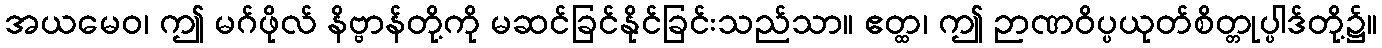
အယမေဝ၊ ဤ မဂ်ဖိုလ် နိဗ္ဗာန်တို့ကို မဆင်ခြင်နိုင်ခြင်းသည်သာ။ ဧတ္ထ၊ ဤ ဉာဏဝိပ္ပယုတ်စိတ္တုပ္ပါဒ်တို့၌။